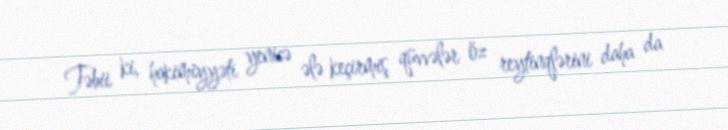
Təbii ki, hakimiyyəti yenicə ələ keçirmiş qüvvələr öz reytinqlərini daha da